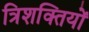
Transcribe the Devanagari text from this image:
त्रिशक्तियों